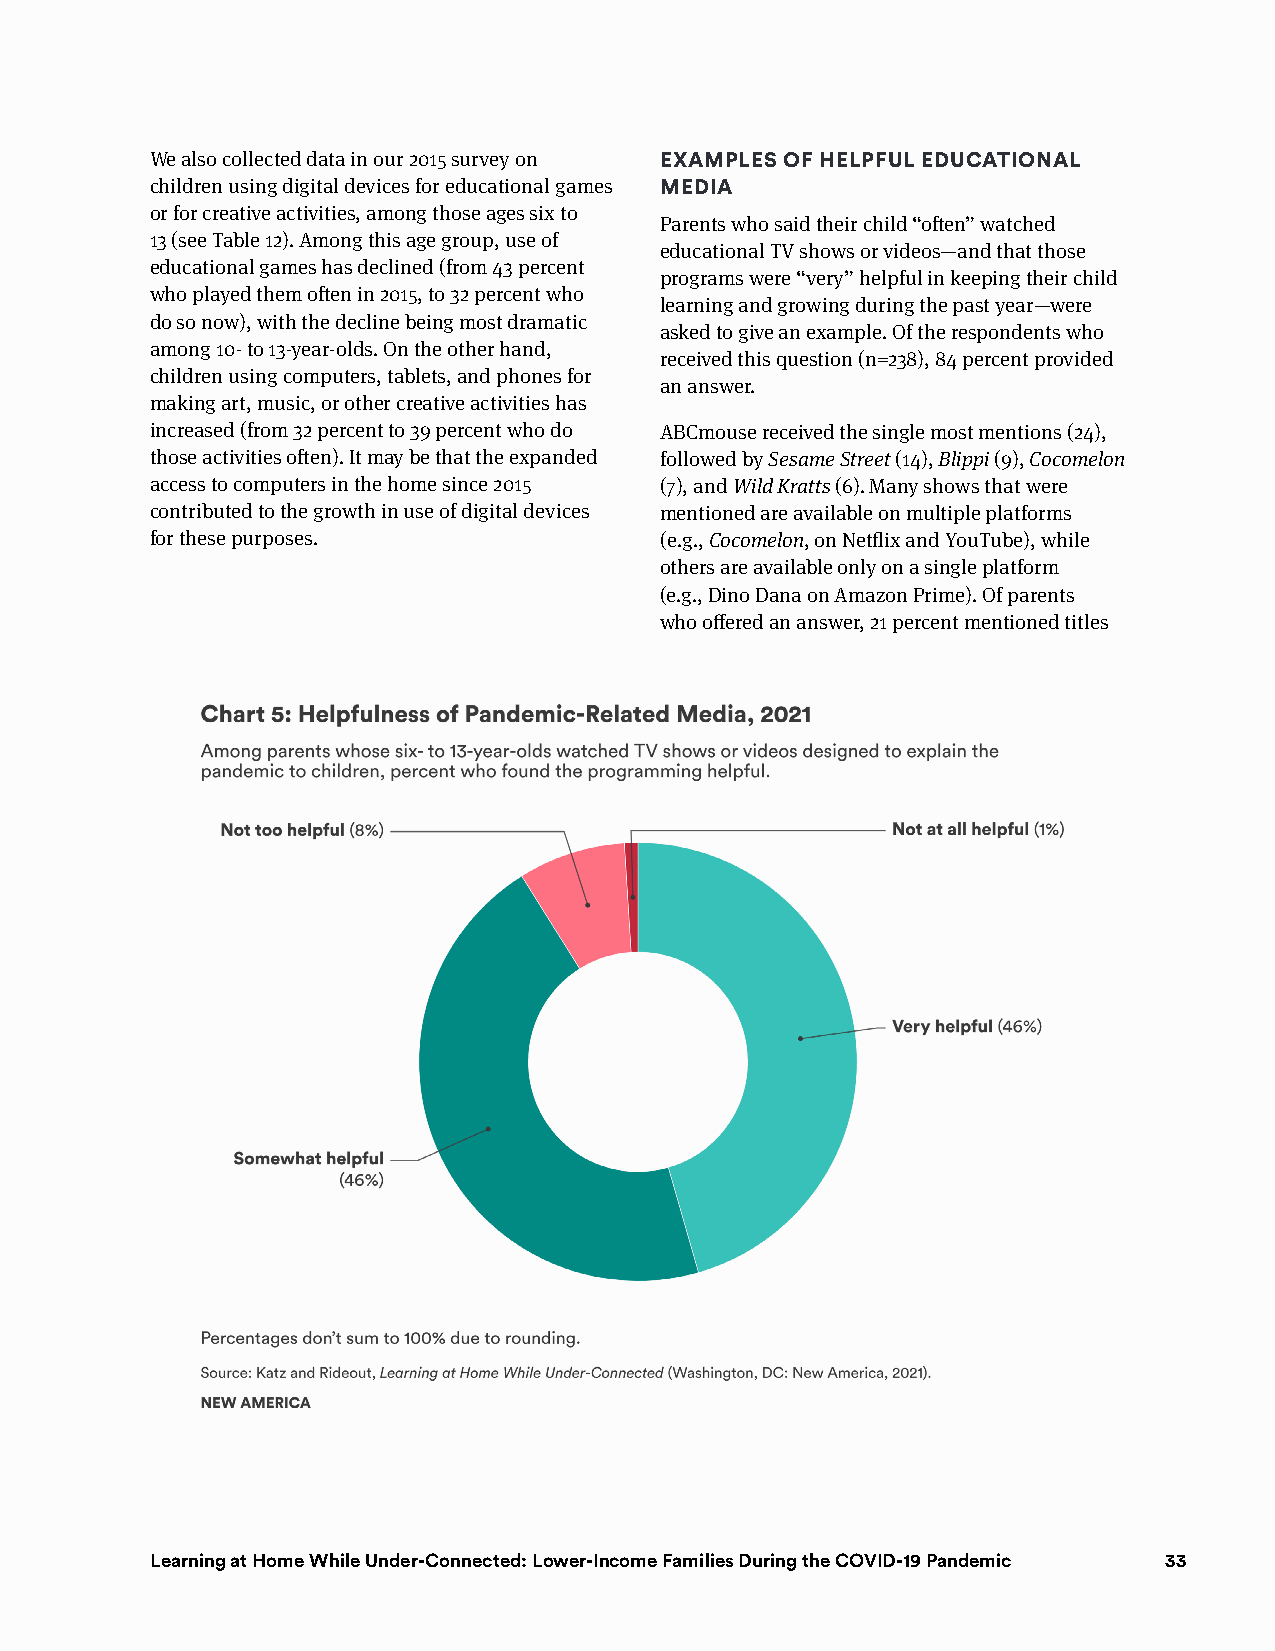
We also collected data in our 2015 survey on ExAmPlEs Of hElP ful EduCATiOnAl
 children using digital devices for educational games mEdiA
 or for creative activities, among those ages six to
 Parents who said their child “often” watched
 13 (see Table 12). Among this age group, use of
 educational TV shows or videos—and that those
 educational games has declined (from 43 percent
 programs were “very” helpful in keeping their child
 who played them often in 2015, to 32 percent who
 learning and growing during the past year—were
 do so now), with the decline being most dramatic
 asked to give an example. Of the respondents who
 among 10- to 13-year-olds. On the other hand,
 received this question (n=238), 84 percent provided
 children using computers, tablets, and phones for
 an answer.
 making art, music, or other creative activities has
 increased (from 32 percent to 39 percent who do ABCmouse received the single most mentions (24),
 those activities often). It may be that the expanded followed by Sesame Street (14), Blippi (9), Cocomelon
 access to computers in the home since 2015 (7), and Wild Kratts (6). Many shows that were
 contributed to the growth in use of digital devices mentioned are available on multiple platforms
 for these purposes.               (e.g., Cocomelon, on Netflix and YouTube), while
 others are available only on a single platform
 (e.g., Dino Dana on Amazon Prime). Of parents
 who offered an answer, 21 percent mentioned titles
 Education Policy learning at Home While under-connected: lower-income Families during the coVid-19 Pandemic 33